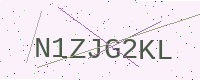
Text: N1ZJG2KL